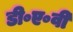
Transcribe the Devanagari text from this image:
डी॰ए॰वी